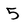
Character: 5